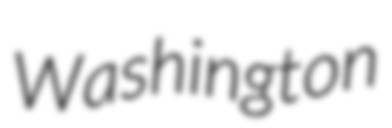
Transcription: Washington